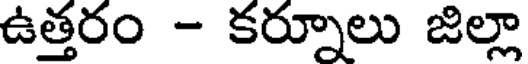
ఉత్తరం - కర్నూలు జిల్లా